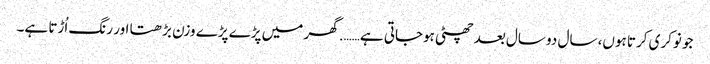
جو نوکری کرتا ہوں، سال دو سال بعد چھٹی ہوجاتی ہے……. گھر میں پڑے پڑے وزن بڑھتا اور رنگ اُڑتا ہے۔